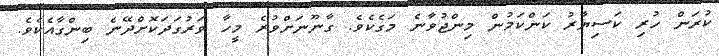
ކުރަން ހުރި ކަސިޔާރު ކަންކަމުން މިންޖުވާނެ މަގެކެވެ. ގާނޫނަށްވުރެ މީހާ ވަރުގަދަކޮށްދޭނެ ބިންގާއެކެވެ.